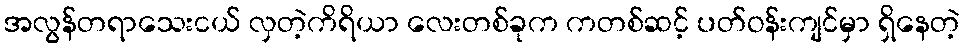
အလွန်တရာသေးငယ် လှတဲ့ကိရိယာ လေးတစ်ခုက ကတစ်ဆင့် ပတ်ဝန်းကျင်မှာ ရှိနေတဲ့